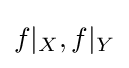
f|_{X},f|_{Y}